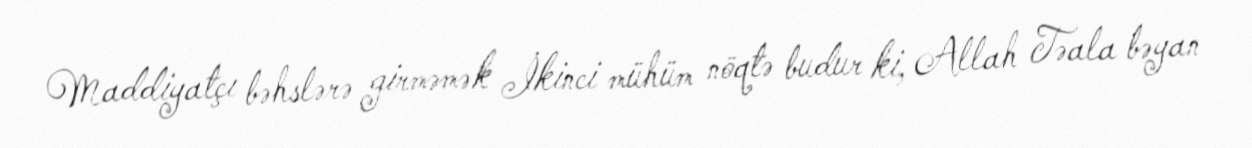
Maddiyatçı bəhslərə girməmək İkinci mühüm nöqtə budur ki, Allah Təala bəyan